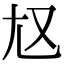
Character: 𡯉